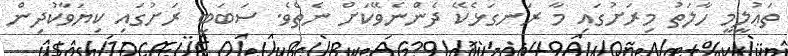
ތަޢުލީމީ ހާލަތު މިރަށުގައި މާ ރަނގަޅެކޭ ދެންނެވޭކަށް ނެތެވެ. ސަބަބީ ރަށުގައި ކިޔަވާކުދިން